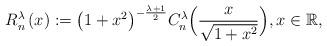
LaTeX: \begin{align*}R_{n}^{\lambda}\left(x\right):=\big(1+x^2\big)^{-\frac{\lambda+1}{2}}C_{n}^{\lambda}\Big(\frac{x}{\sqrt{1+x^2}}\Big),x\in{\mathbb R},\end{align*}